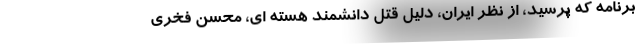
برنامه که پرسید، از نظر ایران، دلیل قتل دانشمند هسته ای، محسن فخری